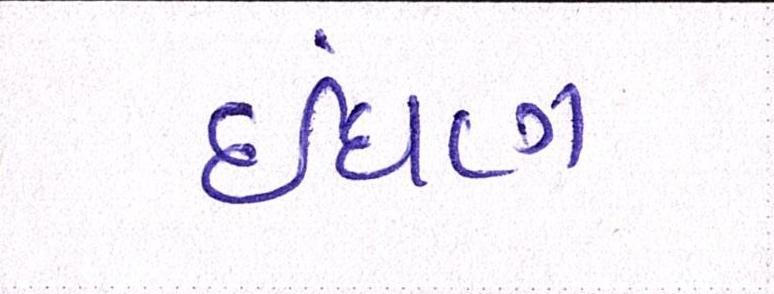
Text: ઈંધણ